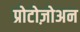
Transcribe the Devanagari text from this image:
प्रोटोज़ोअन